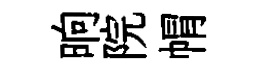
晌院㡌